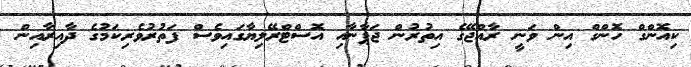
ކިއޮންގް ހޮންގް އިން ވަނީ ރާއްޖޭގެ އިތުރުން ޖަޕާނާއި އޮސްޓްރޭލިޔާގައިވެސް ފަތުރުވެރިކަމުގެ ދާއިރާއިން